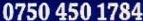
0750 450 1784